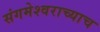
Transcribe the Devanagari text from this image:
संगमेश्वराच्याच